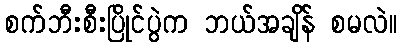
စက်ဘီးစီးပြိုင်ပွဲက ဘယ်အချိန် စမလဲ။